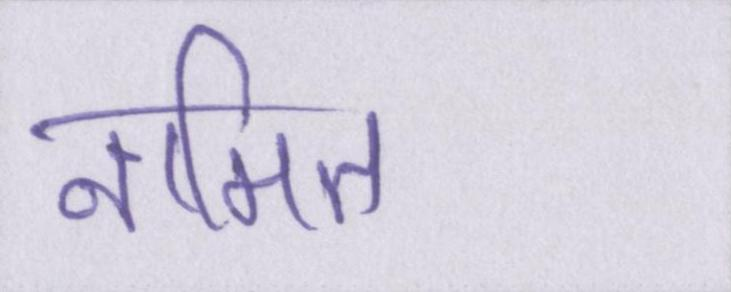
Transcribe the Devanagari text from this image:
नामित